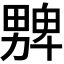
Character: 𱰾